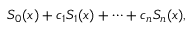
S _ { 0 } ( x ) + c _ { 1 } S _ { 1 } ( x ) + \cdots + c _ { n } S _ { n } ( x ) ,